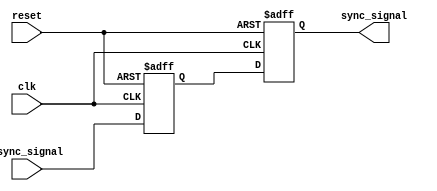
module signal_level_crossing_synchronizer #(
    parameter WIDTH = 1  // Width of the input signal
)(
    input  wire          clk,         // Receiving clock domain clock
    input  wire          reset,       // Asynchronous reset signal
    input  wire [WIDTH-1:0] async_signal, // Asynchronous input signal
    output reg  [WIDTH-1:0] sync_signal   // Synchronized output signal
);

    // Internal signals for the dual flip-flop synchronizer
    reg [WIDTH-1:0] ff1; // First flip-flop output

    // Dual Flip-Flop Synchronizer
    always @(posedge clk or posedge reset) begin
        if (reset) begin
            ff1 <= {WIDTH{1'b0}}; // Initialize first flip-flop to 0
            sync_signal <= {WIDTH{1'b0}}; // Initialize output to 0
        end else begin
            ff1 <= async_signal; // Sample the asynchronous signal
            sync_signal <= ff1;   // Output the synchronized signal
        end
    end

endmodule